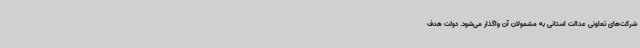
شرکت‌های تعاونی عدالت استانی به مشمولان آن واگذار می‌شود. دولت هدف